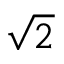
\sqrt { 2 }